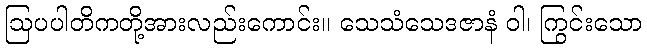
ဩပပါတိကတို့အားလည်းကောင်း။ သေသံသေဒဇာနံ ဝါ၊ ကြွင်းသော